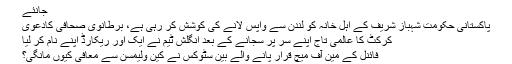
جانئے
پاکستانی حکومت شہباز شریف کے اہل خانہ کو لندن سے واپس لانے کی کوشش کر رہی ہے، برطانوی صحافی کادعوی
کرکٹ کا عالمی تاج اپنے سر پر سجانے کے بعد انگلش ٹیم نے ایک اور ریکارڈ اپنے نام کر لیا
فائنل کے مین آف میچ قرار پانے والے بین سٹوکس نے کین ولیمسن سے معافی کیوں مانگی؟